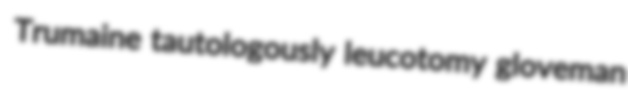
Trumaine tautologously leucotomy gloveman